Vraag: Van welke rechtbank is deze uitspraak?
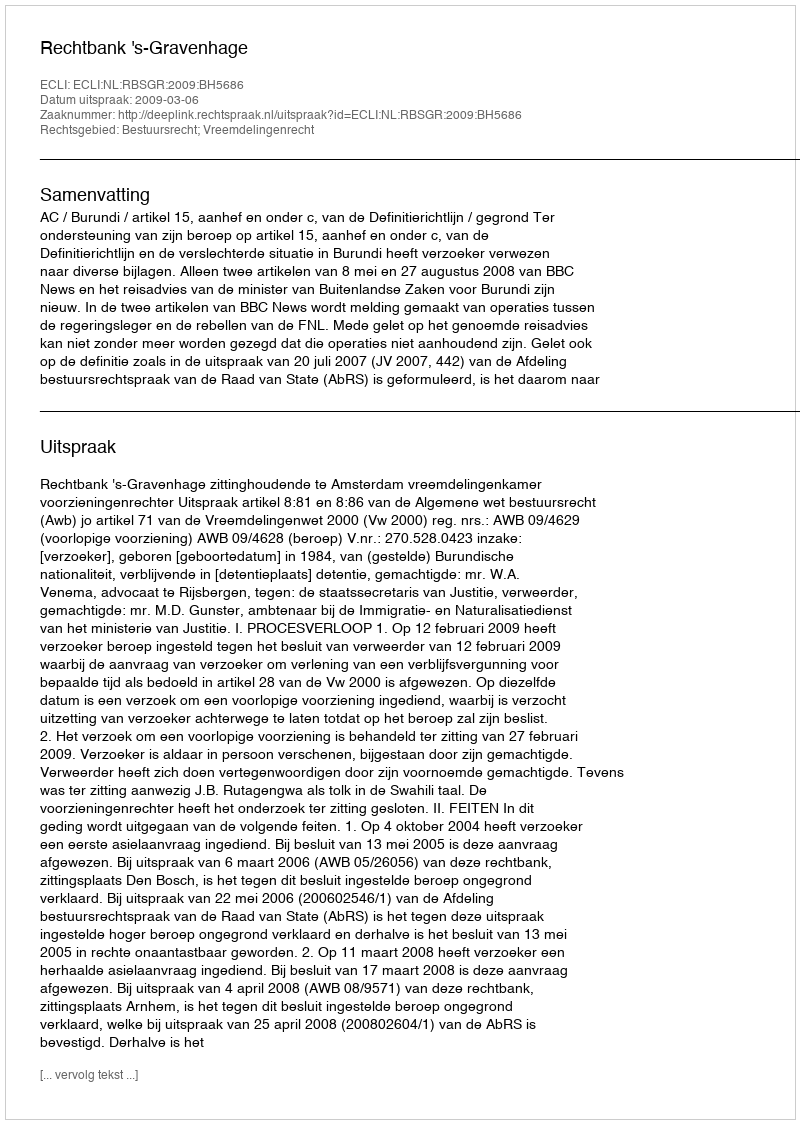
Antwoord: Rechtbank 's-Gravenhage